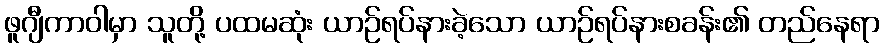
ဖူဂျီကာဝါမှာ သူတို့ ပထမဆုံး ယာဉ်ရပ်နားခဲ့သော ယာဉ်ရပ်နားစခန်း၏ တည်နေရာ